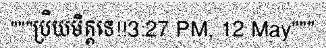
"""ប្រិយមិត្តទេ!!3:27 PM, 12 May"""